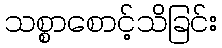
သစ္စာစောင့်သိခြင်း